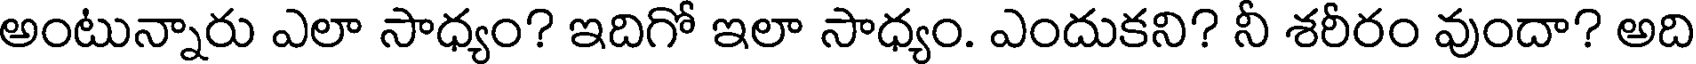
అంటున్నారు ఎలా సాధ్యం? ఇదిగో ఇలా సాధ్యం. ఎందుకని? నీ శరీరం వుందా? అది